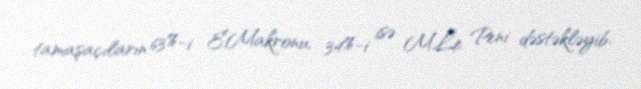
tamaşaçıların 63%-i E.Makronu, 34%-i isə M.Le Peni dəstəkləyib.